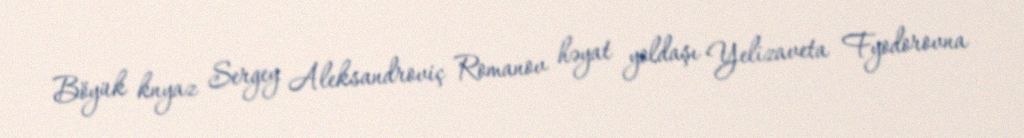
Böyük knyaz Sergey Aleksandroviç Romanov həyat yoldaşı Yelizaveta Fyodorovna